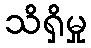
သိရှိမှု